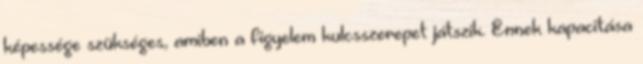
képessége szükséges, amiben a figyelem kulcsszerepet játszik. Ennek kapacitása